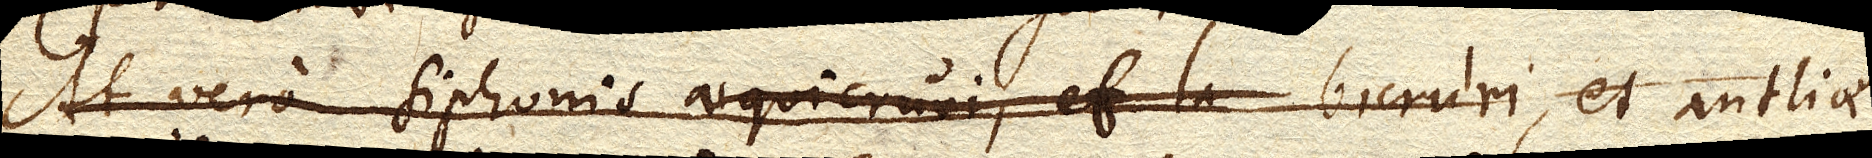
At vero Siphonisaequicruri, et la bicruri et antliae